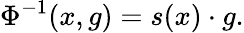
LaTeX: \Phi^{-1}(x,g)=s(x)\cdot g.